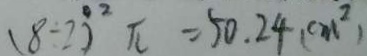
( 8 \div 2 ) ^ { 2 } \pi = 5 0 . 2 4 ( c m ^ { 2 } )